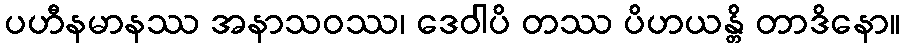
ပဟီနမာနဿ အနာသဝဿ၊ ဒေဝါပိ တဿ ပိဟယန္တိ တာဒိနော။